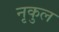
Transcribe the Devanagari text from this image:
नृकुल